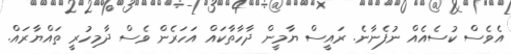
އެވެސް ކުސެއެއް ނުފެނާނެ. ރައީސް ޔާމީން ދާހާތާކައް އަހަރެން ވެސް ދާމިހުރީ ތައްޔާރައް.